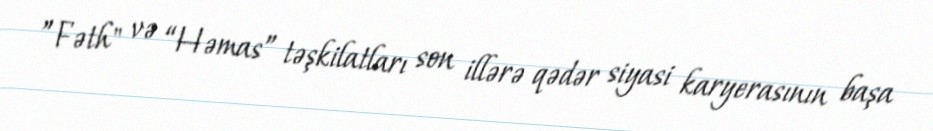
”Fəth" və “Həmas” təşkilatları son illərə qədər siyasi karyerasının başa